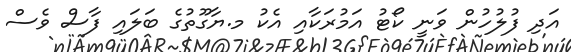
އަދި ފުލުހުން ވަނީ ކޯޓު އަމުރަކާއި އެކު މ.ޔާގޫތުގެ ބަލައި ފާސް ވެސް